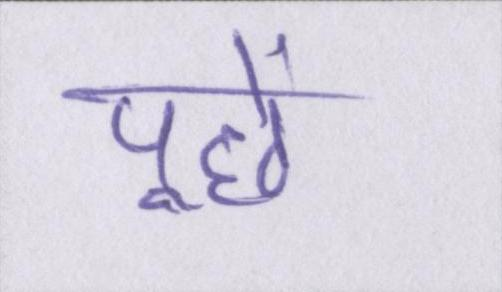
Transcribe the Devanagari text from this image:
पूछे